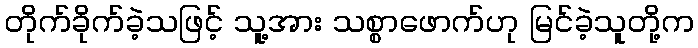
တိုက်ခိုက်ခဲ့သဖြင့် သူ့အား သစ္စာဖောက်ဟု မြင်ခဲ့သူတို့က